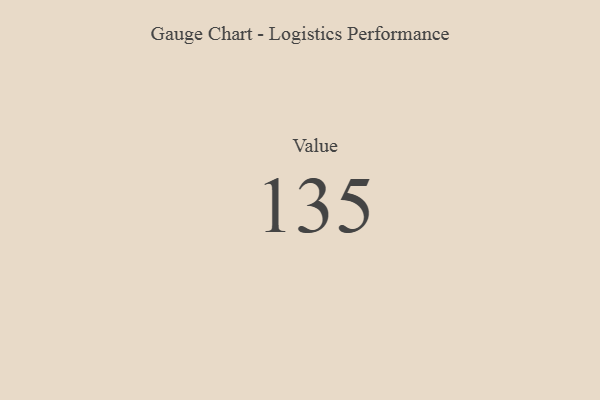
{"axis": {"x": "Metric", "y": "Value"}, "legend": [""], "data": [{"x": "Value", "y": 135, "type": ""}]}